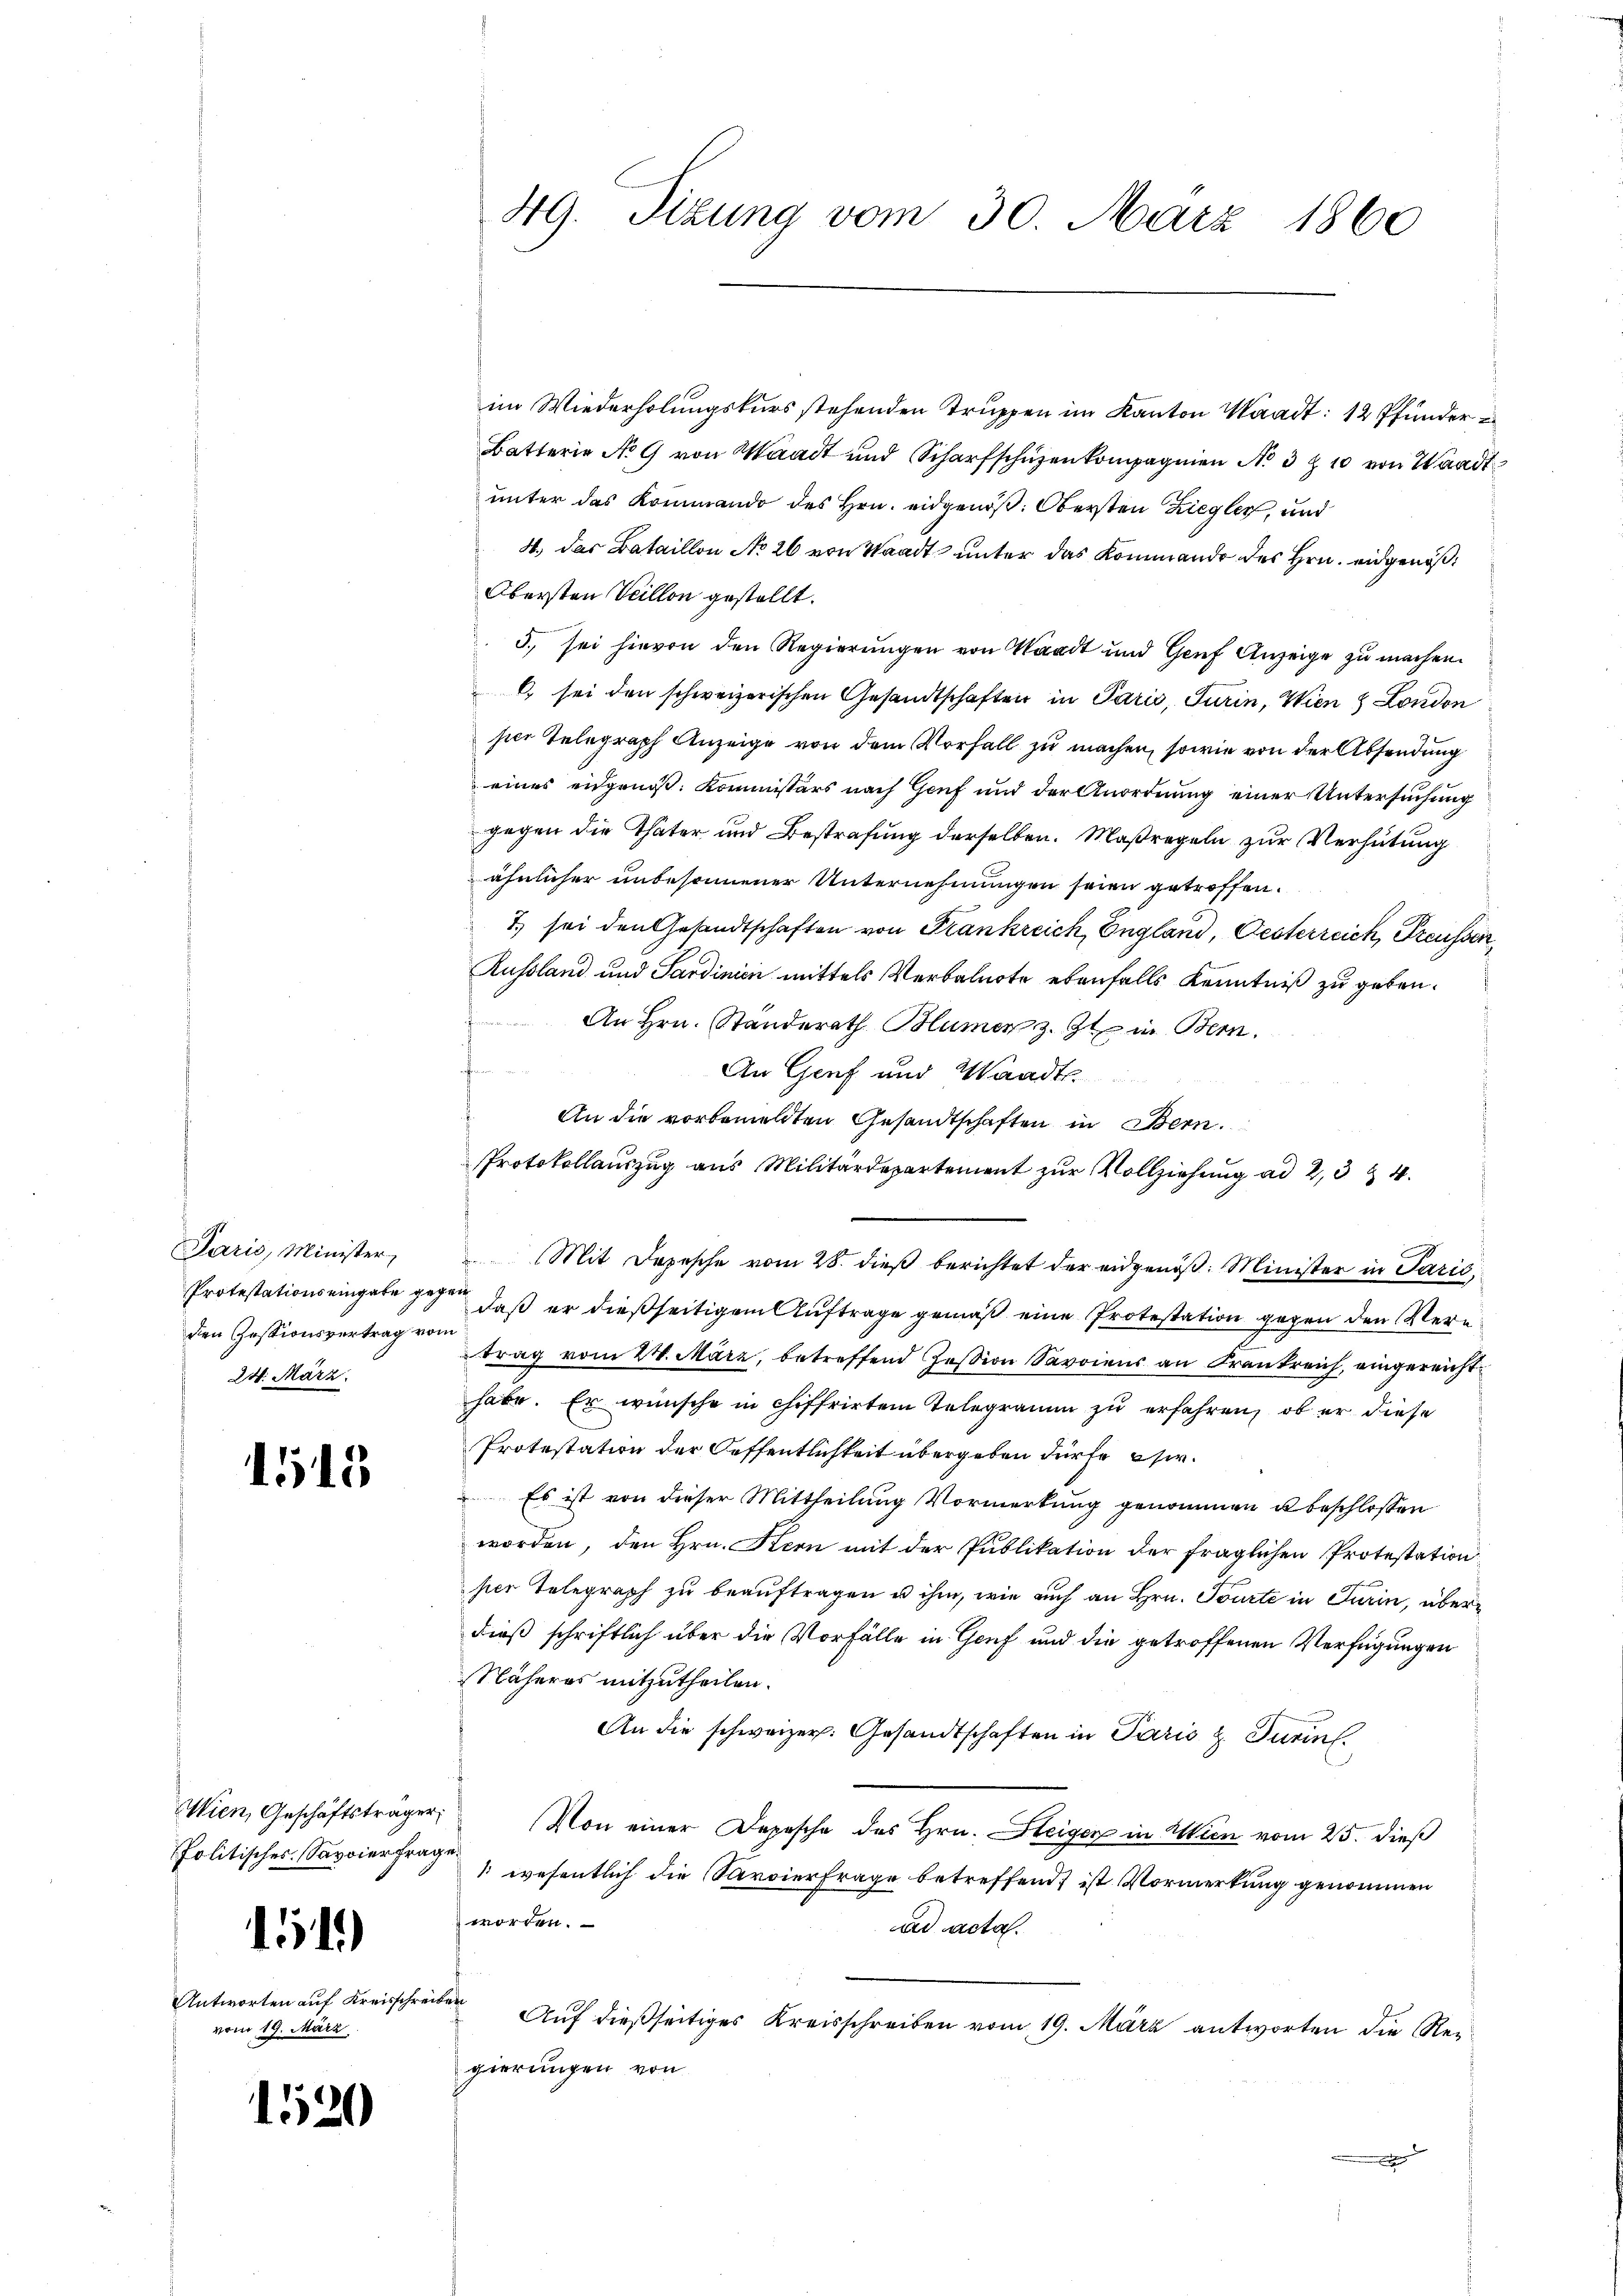
Paris, Minister,
den Gessionsvertrag vom
24. März.

1515

Wien, Geschäftsträger
folitisches Savoierfra¬

15)

Antworten auf Kreisschre
vom 19. März

1520

im Wiederholungskurs stehenden Truppen im Kanton Waadt: 12 Pfunder¬
Batterie No 9 von Waadt und Scharfschüzenkompagnien No 3 § 10 von Waadt
unter das Kommando des Hrn. eidgenöß: Obersten Ziegler, und
4. Das Bataillon No 26 von Waadt unter das Kommando des Hrn. eidgenöß¬
Obersten Veillon gestellt.
5., sei hievon den Regierungen von Waadt und Genf Anzeige zu machen.
6 sei den schweizerischen Gesandtschaften in Paris, Turin, Wien 8 London
hier Telegraph Anzeige von dem Vorfall zu machen, sowie von der Absendung
eines eidgeniß: Kommissärs nach Genf und der Anordnung einer Untersuchung
gegen die Thäter und Bestrafung derselben. Maßregeln zur Verhütung
ähnlicher unbesonnener Unternehmungen seien getroffen.
7.) sei den Gesandtschaften von Frankreich, England, Gesterreich, Preusser
Russland und Sardinien mittels Verbalnote ebenfalls Kenntniß zu geben.
An Hrn. Standerath Blumen z. Zt. in Bern.
An Genf und Waadt
An die vorbemeldten Gesandtschaften in Bern.
Protokollauszug aus Militärdepartement zur Vollziehung ad 2, 3 § 4
Protestations eingabe gegen, daß er dießseitigem Auftrage gemäß eine Protestation gegen den Vertrag vom 20. März, betreffend Tession Savoiens an Frankreich, eingereicht
habe. Er wünsche in chiffrirten Telegramm zu erfahren, ob er diese
Protestation der Oeffentlichkeit übergeben dürfe er¬
 Es ist von dieser Mittheilung Vormerkung genommen u beschlossen
worden, den Hrn. Kern mit der Publikation der fraglichen Protestation
per Telegraph zu beauftragen u ihm, wie auch an Hrn. Tourte in Turin, überdieß schriftlich über die Vorfälle in Genf und die getroffenen Verfügungen
Näheres mitzutheilen.
An die schweizer. Gesandtschaften in Paris z. Turinl.
t
Von einer Depesche des Hrn. Steiger in Wien vom 25. dieß
 wesentlich die Savoierfrage betreffend, ist Vormerkung genommen
worden.
ad acta.
et
Auf dießseitiges Kreisschreiben vom 19. März antworten die Regierungen von
n Etten

49. Sizung vom 30. März 1860

Mit Depesche vom 28. dieß berichtet der eidgenöß: Minister in Paris